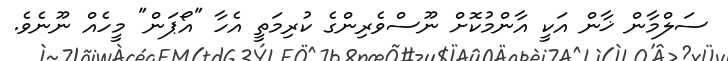
ސަލްމާން ޚާން އަކީ އާންމުކޮށް ނޫސްވެރިންގެ ކުރިމަތީ އެހާ "އޯޕަން" މީހެއް ނޫނެވެ.